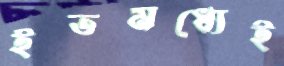
ইতমধ্যেই